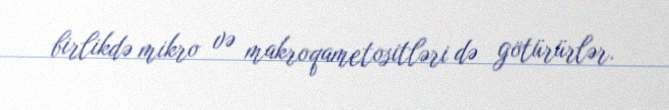
birlikdə mikro və makroqametositləri də götürürlər.